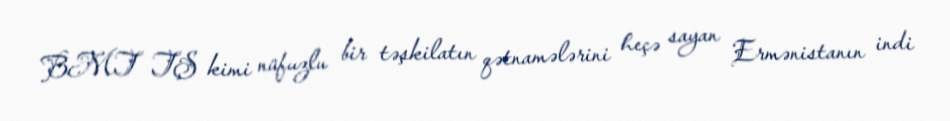
BMT TŞ kimi nüfuzlu bir təşkilatın qətnamələrini heçə sayan Ermənistanın indi